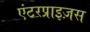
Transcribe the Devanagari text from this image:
एंटरप्राइज़स